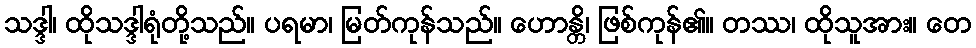
သဒ္ဒါ၊ ထိုသဒ္ဒါရုံတို့သည်။ ပရမာ၊ မြတ်ကုန်သည်။ ဟောန္တိ၊ ဖြစ်ကုန်၏။ တဿ၊ ထိုသူအား။ တေ